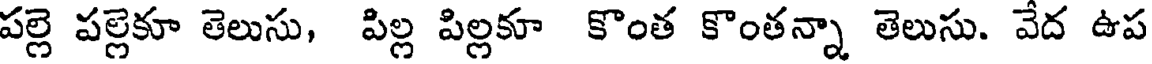
పల్లె పల్లెకూ తెలుసు, పిల్ల పిల్లకూ కొంత కొంతన్నా తెలుసు. వేద ఉప